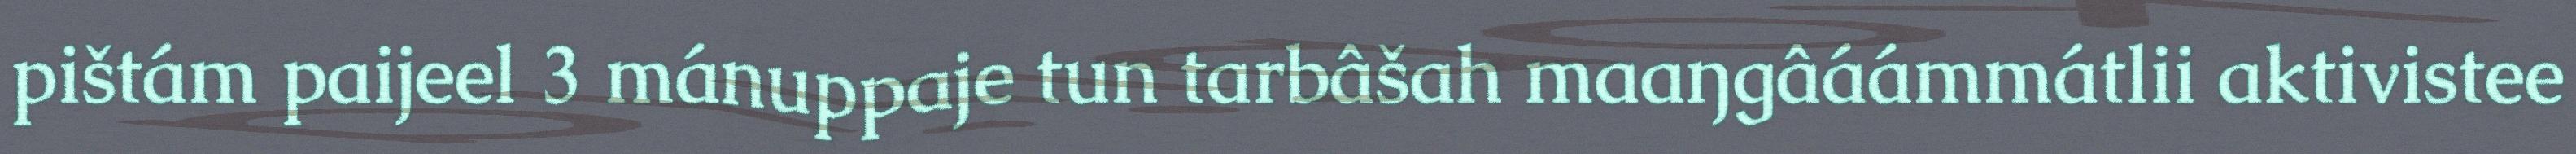
pištám paijeel 3 mánuppaje tun tarbâšah maaŋgâáámmátlii aktivistee